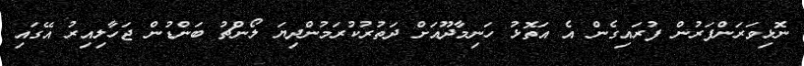
ނޮޅިވަރަންފަރުން ފުރައިގެން އެ އަތޮޅު ހަނިމާދޫއަށް ދަތުރުކުރަމުންދިޔަ ލޯންޗު ބަންޑުން ޖަހާލިއިރު އޭގައި